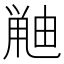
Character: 𫠘